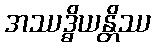
အဿဒ္ဓိယန္တိဿ